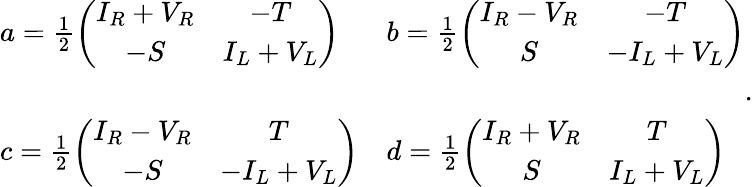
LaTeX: \begin{array}{ll}{{a=\frac{1}{2}\left(\begin{array}{cc}{{I_{R}+V_{R}}}&{{-T}}\\ {{-S}}&{{I_{L}+V_{L}}}\end{array}\right)}}&{{b=\frac{1}{2}\left(\begin{array}{cc}{{I_{R}-V_{R}}}&{{-T}}\\ {{S}}&{{-I_{L}+V_{L}}}\end{array}\right)}}\\ {{}}&{{}}\\ {{c=\frac{1}{2}\left(\begin{array}{cc}{{I_{R}-V_{R}}}&{{T}}\\ {{-S}}&{{-I_{L}+V_{L}}}\end{array}\right)}}&{{d=\frac{1}{2}\left(\begin{array}{cc}{{I_{R}+V_{R}}}&{{T}}\\ {{S}}&{{I_{L}+V_{L}}}\end{array}\right)}}\end{array}.